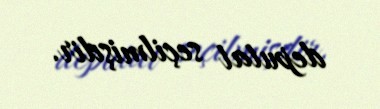
deputat seçilmişdir.